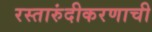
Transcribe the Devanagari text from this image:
रस्तारुंदीकरणाची